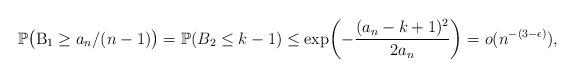
LaTeX: \begin{align*}\mathbb{P}\bigl(\mathrm{B}_1 \geq a_n/(n-1)\bigr) = \mathbb{P}(B_2 \leq k-1) \leq \exp\biggl(-\frac{(a_n-k+1)^2}{2a_n}\biggr) = o( n^{-(3- \epsilon)} ),\end{align*}